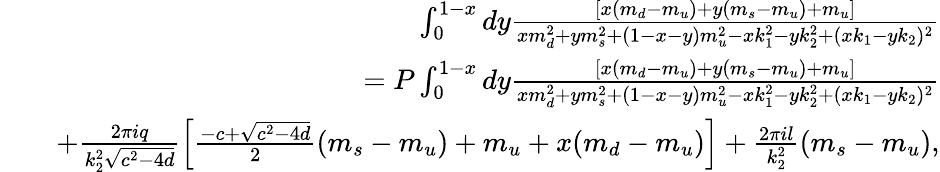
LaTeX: \begin{array}{rlr}&{}&{\int_{0}^{1-x}dy\frac{\left[x(m_{d}-m_{u})+y(m_{s}-m_{u})+m_{u}\right]}{xm_{d}^{2}+ym_{s}^{2}+(1-x-y)m_{u}^{2}-xk_{1}^{2}-yk_{2}^{2}+(xk_{1}-yk_{2})^{2}}}\\ &{}&{=P\int_{0}^{1-x}dy\frac{\left[x(m_{d}-m_{u})+y(m_{s}-m_{u})+m_{u}\right]}{xm_{d}^{2}+ym_{s}^{2}+(1-x-y)m_{u}^{2}-xk_{1}^{2}-yk_{2}^{2}+(xk_{1}-yk_{2})^{2}}}\\ &{}&{+\frac{2\pi iq}{k_{2}^{2}\sqrt{c^{2}-4d}}\left[\frac{-c+\sqrt{c^{2}-4d}}{2}(m_{s}-m_{u})+m_{u}+x(m_{d}-m_{u})\right]+\frac{2\pi il}{k_{2}^{2}}(m_{s}-m_{u}),}\end{array}